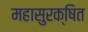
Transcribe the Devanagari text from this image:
महासुरक्षित